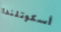
أسكوتلندا